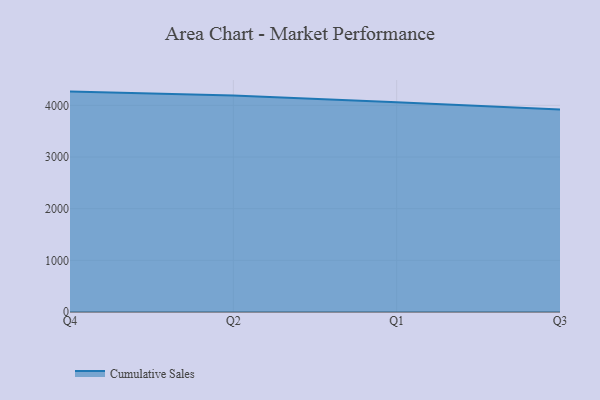
{"axis": {"x": "Quarter", "y": "Temperature (°C)"}, "legend": ["Cumulative Sales"], "data": [{"x": "Q4", "y": 4266.0, "type": "Cumulative Sales"}, {"x": "Q2", "y": 4189.1, "type": "Cumulative Sales"}, {"x": "Q1", "y": 4057.5, "type": "Cumulative Sales"}, {"x": "Q3", "y": 3918.3, "type": "Cumulative Sales"}]}